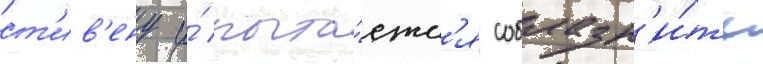
ст'ив'ену и́ пыта́етс'я соблазн'и́ть